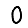
Digit: 0